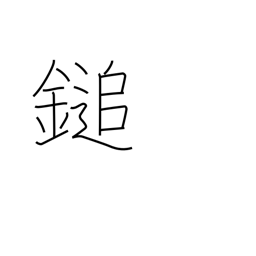
Meaning: mallet